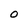
Character: O